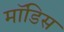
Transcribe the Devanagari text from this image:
मॉडिस